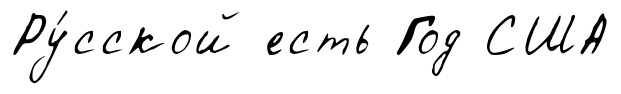
Ру́сской есть Год США